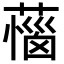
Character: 𦼝